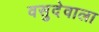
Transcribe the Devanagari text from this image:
वसुदेवाला